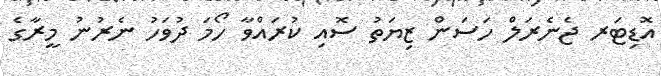
އޮޑިޓަރ ޖެނެރަލް ހަސަން ޒިޔަތު ސޮއި ކުރައްވާ ހޯމަ ދުވަހު ނެރުނު މީރާގެ